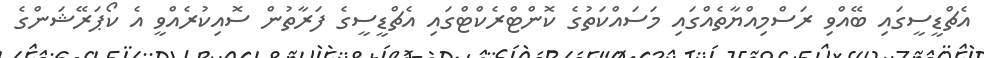
އެޗްޑީސީގައި ބޭއްވި ރަސްމިއްޔާތެއްގައި މަސައްކަތުގެ ކޮންޓްރެކްޓްގައި އެޗްޑީސީގެ ފަރާތުން ސޮއިކުރެއްވީ އެ ކޯޕަރޭޝަންގެ